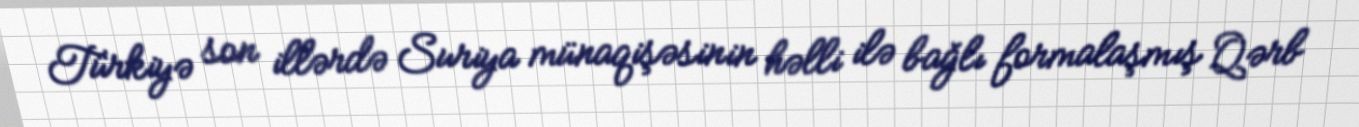
Türkiyə son illərdə Suriya münaqişəsinin həlli ilə bağlı formalaşmış Qərb